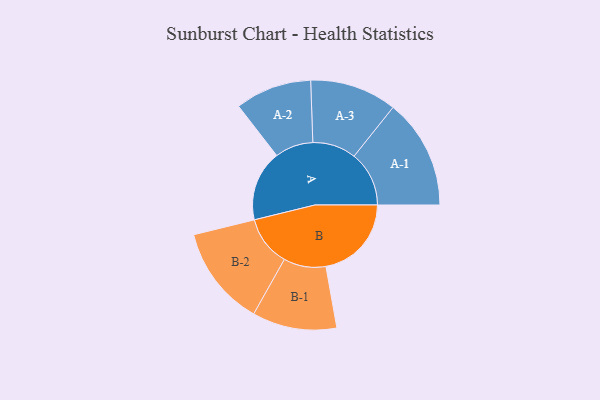
{"axis": {"x": "Segment", "y": "Value"}, "legend": ["", "A", "B"], "data": [{"x": "A", "y": 338, "type": ""}, {"x": "B", "y": 409, "type": ""}, {"x": "A-1", "y": 263, "type": "A"}, {"x": "A-2", "y": 183, "type": "A"}, {"x": "A-3", "y": 208, "type": "A"}, {"x": "B-1", "y": 202, "type": "B"}, {"x": "B-2", "y": 240, "type": "B"}]}